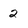
Character: 2